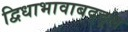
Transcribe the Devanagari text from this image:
द्विधाभावाबद्द्ल